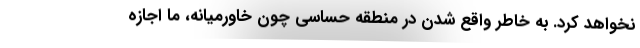
نخواهد کرد. به خاطر واقع شدن در منطقه حساسی چون خاورمیانه، ما اجازه